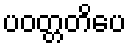
ပဝတ္တတိပေ